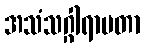
အသံသဂ္ဂါရာမတာ